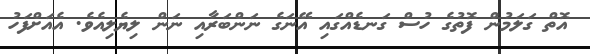
އޮތް ގަލަމުން ފޮތުގެ ހުސް ގަނޑެއްގައި އޭނަގެ ނަންބަރާއި ނަން ލިޔެލިއެވެ. އެއަށްފަހު